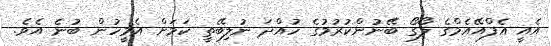
އެއީ އެފްއޭއެމްގެ ލޯގޯ ބޭނުންކުރުމުގެ ހުއްދަ ނުލިބޭތީ ކަމަށް އެމީހުން ބުނެ އެވެ.